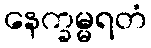
နေက္ခမ္မရတံ